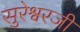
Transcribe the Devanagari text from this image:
सुरेश्वरजी